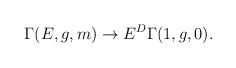
\begin{align*}\Gamma (E,g,m)\rightarrow E^{D}\Gamma (1,g,0).\end{align*}